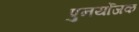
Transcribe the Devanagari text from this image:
पुनर्योजक